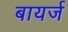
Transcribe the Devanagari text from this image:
बायर्ज